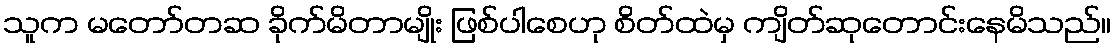
သူက မတော်တဆ ခိုက်မိတာမျိုး ဖြစ်ပါစေဟု စိတ်ထဲမှ ကျိတ်ဆုတောင်းနေမိသည်။